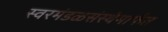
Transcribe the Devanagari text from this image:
स्वरमंडळसंस्थेमार्फत